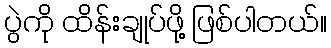
ပွဲကို ထိန်းချုပ်ဖို့ ဖြစ်ပါတယ်။